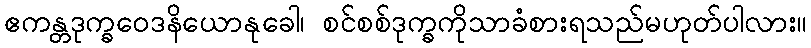
ဧကန္တဒုက္ခဝေဒနိယောနုခေါ၊ စင်စစ်ဒုက္ခကိုသာခံစားရသည်မဟုတ်ပါလား။